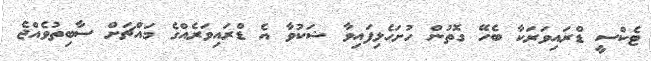
ޓެކްސީ ޑްރައިވަރަކާ ބެހޭ ގޮތުން ހުށަހެޅިފައިވާ ޝަކުވާ އެ ޑްރައިވަރެއްގެ މައްޗަށް ސާބިތުވެއްޖެ